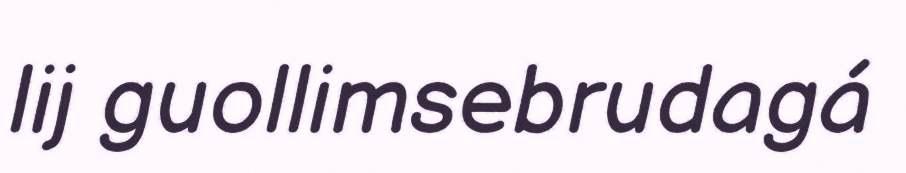
lij guollimsebrudagá